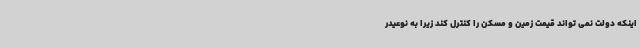
اینکه دولت نمی تواند قیمت زمین و مسکن را کنترل کند زیرا به نوعیدر